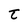
Character: t